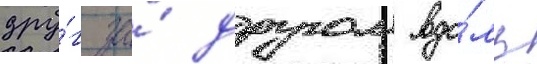
дру́г за́ другом вдо́ль